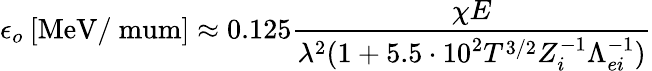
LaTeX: \epsilon_{o}\: [\mathrm{MeV/\ mum}]\approx 0.125\frac{\chi E}{\lambda^{2}(1+5.5\cdot 10^{2}T^{3/2}Z_{i}^{-1}\Lambda_{ei}^{-1})}